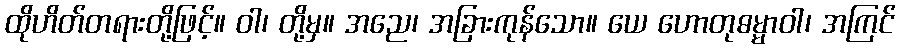
ထိုဟိတ်တရားတို့ဖြင့်။ ဝါ၊ တို့မှ။ အညေ၊ အခြားကုန်သော။ ယေ ဟောတုဓမ္မာဝါ၊ အကြင်